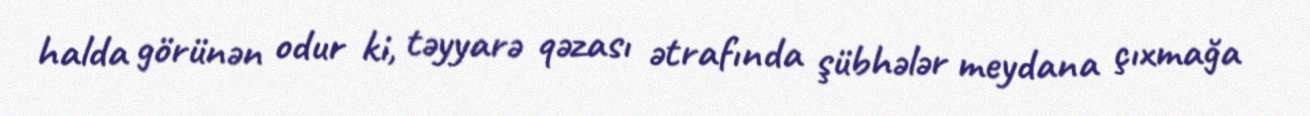
halda görünən odur ki, təyyarə qəzası ətrafında şübhələr meydana çıxmağa